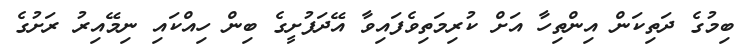
ބިމުގެ ދަތިކަން އިންތިހާ އަށް ކުރިމަތިވެފައިވާ އޭދަފުށީގެ ބިން ހިއްކައި ނިމޭއިރު ރަށުގެ